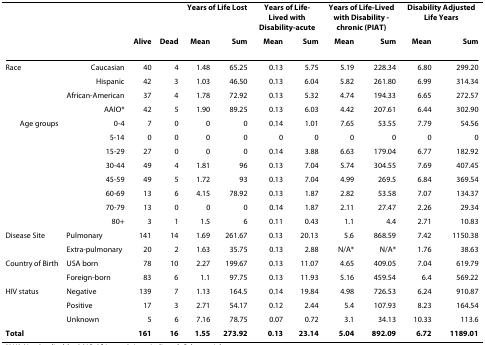
<table><thead><tr><td></td><td></td><td></td><td></td><td colspan="2"><b>Years of Life Lost</b></td><td colspan="2"><b>Years of Life-Lived with Disability-acute</b></td><td colspan="2"><b>Years of Life-Lived with Disability - chronic (PIAT)</b></td><td colspan="2"><b>Disability Adjusted Life Years</b></td></tr><tr><td></td><td></td><td><b>Alive</b></td><td><b>Dead</b></td><td><b>Mean</b></td><td><b>Sum</b></td><td><b>Mean</b></td><td><b>Sum</b></td><td><b>Mean</b></td><td><b>Sum</b></td><td><b>Mean</b></td><td><b>Sum</b></td></tr></thead><tbody><tr><td>Race</td><td>Caucasian</td><td>40</td><td>4</td><td>1.48</td><td>65.25</td><td>0.13</td><td>5.75</td><td>5.19</td><td>228.34</td><td>6.80</td><td>299.20</td></tr><tr><td></td><td>Hispanic</td><td>42</td><td>3</td><td>1.03</td><td>46.50</td><td>0.13</td><td>6.04</td><td>5.82</td><td>261.80</td><td>6.99</td><td>314.34</td></tr><tr><td></td><td>African-American</td><td>37</td><td>4</td><td>1.78</td><td>72.92</td><td>0.13</td><td>5.32</td><td>4.74</td><td>194.33</td><td>6.65</td><td>272.57</td></tr><tr><td></td><td>AAIO*</td><td>42</td><td>5</td><td>1.90</td><td>89.25</td><td>0.13</td><td>6.03</td><td>4.42</td><td>207.61</td><td>6.44</td><td>302.90</td></tr><tr><td>Age groups</td><td>0-4</td><td>7</td><td>0</td><td>0</td><td>0</td><td>0.14</td><td>1.01</td><td>7.65</td><td>53.55</td><td>7.79</td><td>54.56</td></tr><tr><td></td><td>5-14</td><td>0</td><td>0</td><td>0</td><td>0</td><td>0</td><td>0</td><td>0</td><td>0</td><td>0</td><td>0</td></tr><tr><td></td><td>15-29</td><td>27</td><td>0</td><td>0</td><td>0</td><td>0.14</td><td>3.88</td><td>6.63</td><td>179.04</td><td>6.77</td><td>182.92</td></tr><tr><td></td><td>30-44</td><td>49</td><td>4</td><td>1.81</td><td>96</td><td>0.13</td><td>7.04</td><td>5.74</td><td>304.55</td><td>7.69</td><td>407.45</td></tr><tr><td></td><td>45-59</td><td>49</td><td>5</td><td>1.72</td><td>93</td><td>0.13</td><td>7.04</td><td>4.99</td><td>269.5</td><td>6.84</td><td>369.54</td></tr><tr><td></td><td>60-69</td><td>13</td><td>6</td><td>4.15</td><td>78.92</td><td>0.13</td><td>1.87</td><td>2.82</td><td>53.58</td><td>7.07</td><td>134.37</td></tr><tr><td></td><td>70-79</td><td>13</td><td>0</td><td>0</td><td>0</td><td>0.14</td><td>1.87</td><td>2.11</td><td>27.47</td><td>2.26</td><td>29.34</td></tr><tr><td></td><td>80+</td><td>3</td><td>1</td><td>1.5</td><td>6</td><td>0.11</td><td>0.43</td><td>1.1</td><td>4.4</td><td>2.71</td><td>10.83</td></tr><tr><td>Disease Site</td><td>Pulmonary</td><td>141</td><td>14</td><td>1.69</td><td>261.67</td><td>0.13</td><td>20.13</td><td>5.6</td><td>868.59</td><td>7.42</td><td>1150.38</td></tr><tr><td></td><td>Extra-pulmonary</td><td>20</td><td>2</td><td>1.63</td><td>35.75</td><td>0.13</td><td>2.88</td><td>N/A*</td><td>N/A*</td><td>1.76</td><td>38.63</td></tr><tr><td>Country of Birth</td><td>USA born</td><td>78</td><td>10</td><td>2.27</td><td>199.67</td><td>0.13</td><td>11.07</td><td>4.65</td><td>409.05</td><td>7.04</td><td>619.79</td></tr><tr><td></td><td>Foreign-born</td><td>83</td><td>6</td><td>1.1</td><td>97.75</td><td>0.13</td><td>11.93</td><td>5.16</td><td>459.54</td><td>6.4</td><td>569.22</td></tr><tr><td>HIV status</td><td>Negative</td><td>139</td><td>7</td><td>1.13</td><td>164.5</td><td>0.14</td><td>19.84</td><td>4.98</td><td>726.53</td><td>6.24</td><td>910.87</td></tr><tr><td></td><td>Positive</td><td>17</td><td>3</td><td>2.71</td><td>54.17</td><td>0.12</td><td>2.44</td><td>5.4</td><td>107.93</td><td>8.23</td><td>164.54</td></tr><tr><td></td><td>Unknown</td><td>5</td><td>6</td><td>7.16</td><td>78.75</td><td>0.07</td><td>0.72</td><td>3.1</td><td>34.13</td><td>10.33</td><td>113.6</td></tr><tr><td><b>Total</b></td><td></td><td><b>161</b></td><td><b>16</b></td><td><b>1.55</b></td><td><b>273.92</b></td><td><b>0.13</b></td><td><b>23.14</b></td><td><b>5.04</b></td><td><b>892.09</b></td><td><b>6.72</b></td><td><b>1189.01</b></td></tr></tbody></table>